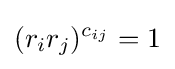
(r_{i}r_{j})^{c_{ij}}=1